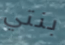
بنتي